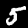
Digit: 5